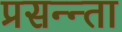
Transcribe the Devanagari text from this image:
प्रसन्न्ता